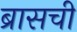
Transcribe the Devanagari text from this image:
ब्रासची